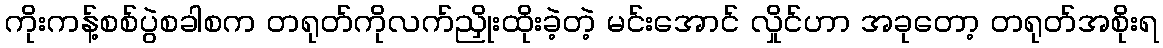
ကိုးကန့်စစ်ပွဲစခါစက တရုတ်ကိုလက်ညှိုးထိုးခဲ့တဲ့ မင်းအောင် လှိုင်ဟာ အခုတော့ တရုတ်အစိုးရ